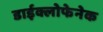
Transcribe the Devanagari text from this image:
डाईक्लोफेनेक